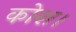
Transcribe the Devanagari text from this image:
कोश।